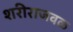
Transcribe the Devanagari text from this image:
शरीराजवळ